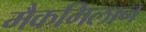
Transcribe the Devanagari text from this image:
मैकगिलान